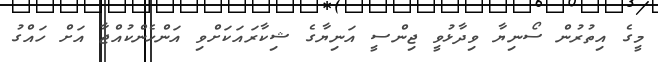
މީގެ އިތުރުން ސޯނިޔާ ވިދާޅުވީ ޖިންސީ އަނިޔާގެ ޝިކާރައަކަށްވި އަންހެންކުއްޖާ އަށް ހައްގު